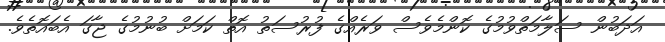
އަދަބުން ސަލާމަތްވުމުގެ ކޮންމެވެސް ވަރެއްގެ ފުރުސަތު އޮތް ކަމަށް ބުނުމުގެ ޖާގަ އެބައޮތެވެ.